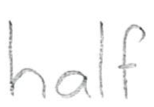
Text: half
Cross-out: clean
Writing tool: pencil